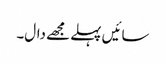
سائیں پہلے مجھے دال۔